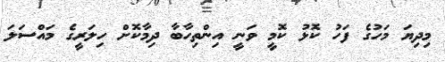
މިދިޔަ މަހުގެ ފަހު ކޮޅު ކޮމީ ވަނީ އިންތިހާބާ ދިމާކޮށް ހިލަރީގެ މައްސަލަ